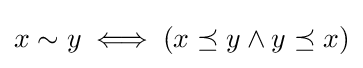
x\sim y\iff (x\preceq y\land y\preceq x)